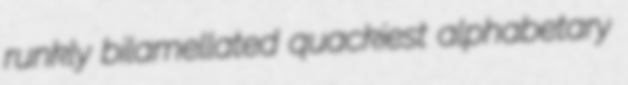
runkly bilamellated quackiest alphabetary